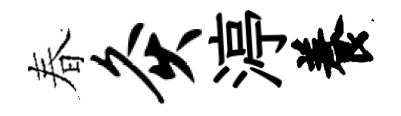
春灸渟養